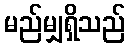
မည်မျှရှိသည်